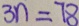
3 n = 7 8